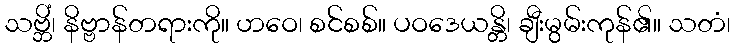
သဗ္ဘိံ၊ နိဗ္ဗာန်တရားကို။ ဟဝေ၊ စင်စစ်။ ပဝဒေယန္တိ၊ ချီးမွမ်းကုန်၏။ သတံ၊